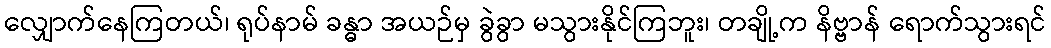
လျှောက်နေကြတယ်၊ ရုပ်နာမ် ခန္ဓာ အယဉ်မှ ခွဲခွာ မသွားနိုင်ကြဘူး၊ တချို့က နိဗ္ဗာန် ရောက်သွားရင်